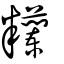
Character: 糷